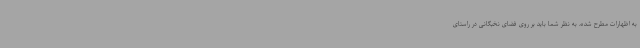
به اظهارات مطرح شده، به نظر شما باید بر روی فضای نخبگانی در راستای